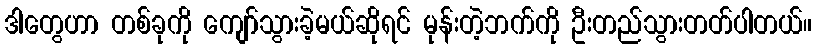
ဒါတွေဟာ တစ်ခုကို ကျော်သွားခဲ့မယ်ဆိုရင် မုန်းတဲ့ဘက်ကို ဦးတည်သွားတတ်ပါတယ်။